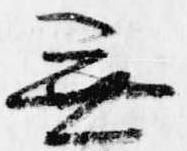
無